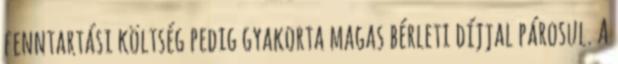
fenntartási költség pedig gyakorta magas bérleti díjjal párosul. A